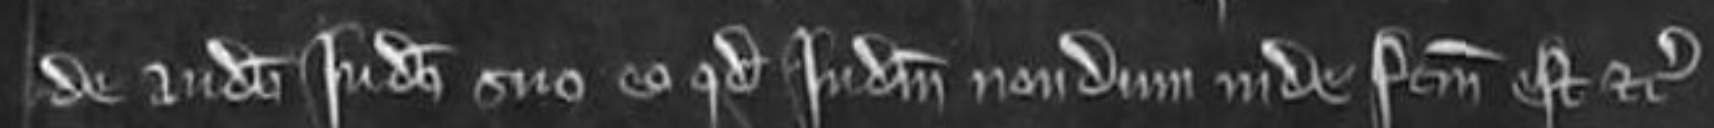
de audiendo judicio suo eo quod judicium nondum inde factum est etc.